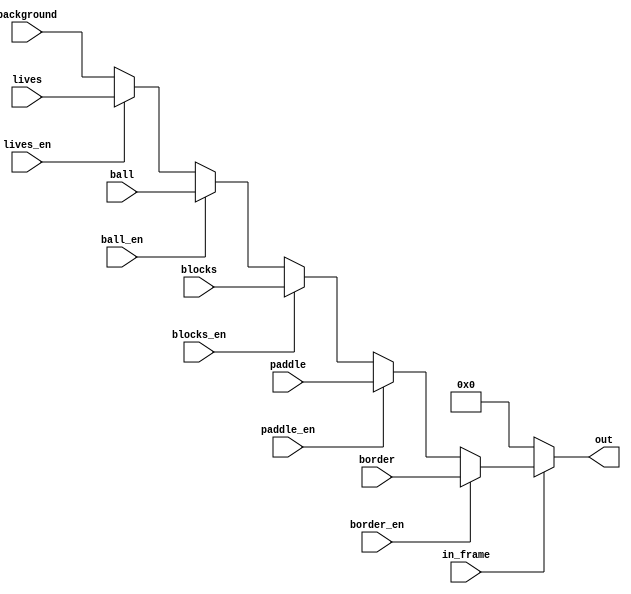
`timescale 1ns / 1ps
//////////////////////////////////////////////////////////////////////////////////
// Company:
// Engineer:
//
// Design Name:
// Module Name: video_mux
// Project Name:
// Target Devices:
// Tool Versions:
// Description:
//
// Dependencies:
//
// Revision:
// Revision 0.01 - File Created
// Additional Comments:
//
//////////////////////////////////////////////////////////////////////////////////


module p18_video_mux(
    output reg [5:0] out,
    input in_frame,
    input [5:0] background,
    input [5:0] border,
    input border_en,
    input [5:0] ball,
    input ball_en,
    input [5:0] paddle,
    input paddle_en,
    input [5:0] blocks,
    input blocks_en,
    input [5:0] lives,
    input lives_en
    );

    always @(*)
    begin
        if (!in_frame) begin // In blanking. Output black to give the screen something to calibrate on.
            out <= 6'b000000;
        end else if (border_en) begin
            out <= border;
        end else if (paddle_en) begin
            out <= paddle;
        end else if (blocks_en) begin
            out <= blocks;
        end else if (ball_en) begin
            out <= ball;
        end else if (lives_en) begin
            out <= lives;
        end else begin
            out <= background;
        end
    end
endmodule